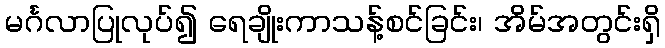
မင်္ဂလာပြုလုပ်၍ ရေချိုးကာသန့်စင်ခြင်း၊ အိမ်အတွင်းရှိ